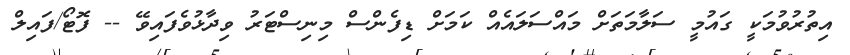
އިތުރުވުމަކީ ގައުމީ ސަލާމަތަށް މައްސަލައެއް ކަމަށް ޑިފެންސް މިނިސްޓަރު ވިދާޅުވެފައިވޭ -- ފޮޓޯ/ފައިލް